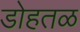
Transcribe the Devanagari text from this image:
डोहतळ